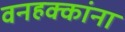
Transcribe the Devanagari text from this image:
वनहक्कांना